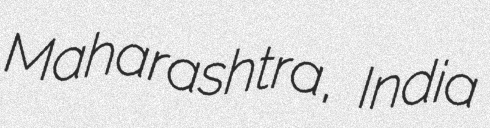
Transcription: Maharashtra, India